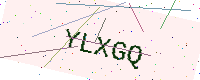
Text: YLXGQ